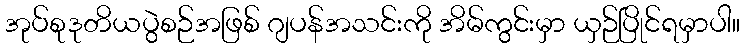
အုပ်စုဒုတိယပွဲစဉ်အဖြစ် ဂျပန်အသင်းကို အိမ်ကွင်းမှာ ယှဉ်ပြိုင်ရမှာပါ။